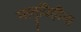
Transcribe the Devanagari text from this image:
मातृविहीना